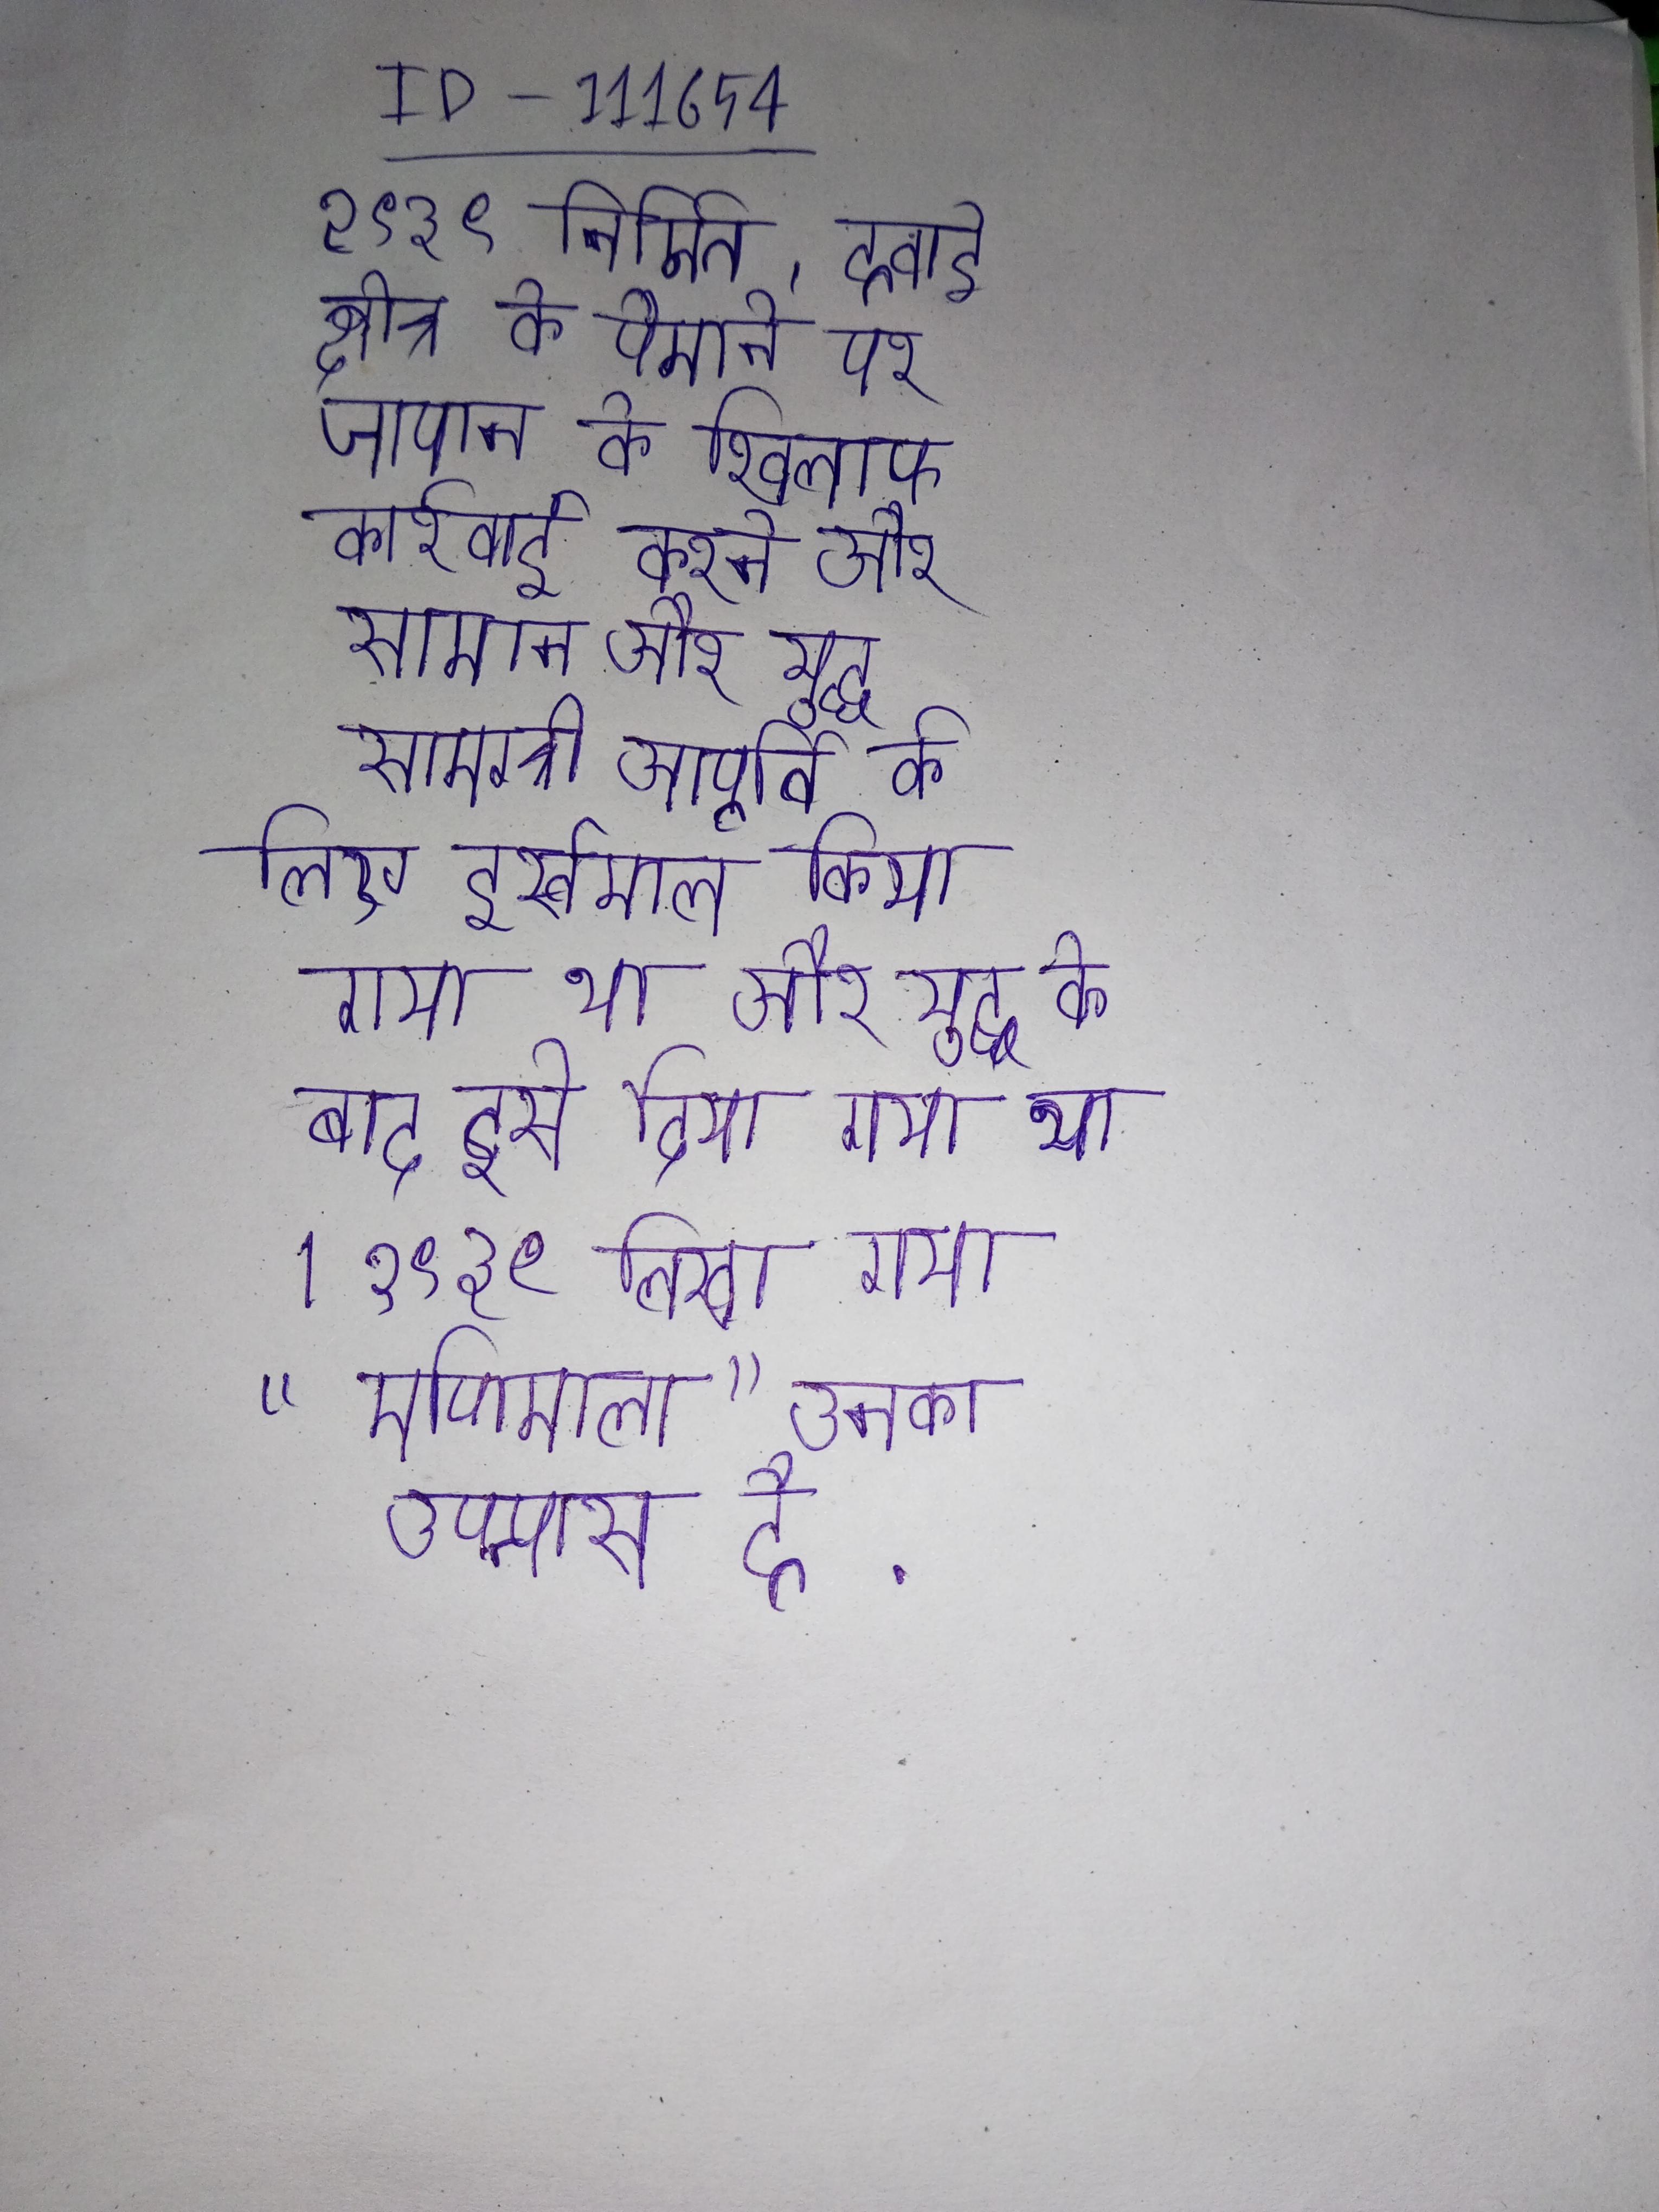
१९३९ निर्मित, हवाई क्षेत्र को पैमाने पर जापान के खिलाफ कार्रवाई करने और सामान और युद्ध सामग्री आपूर्ति के लिए इस्तेमाल किया गया था और युद्ध के बाद इसे दिया गया था । १९३९ लिखा गया "मणिमाला" उनका उपन्यास है .